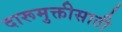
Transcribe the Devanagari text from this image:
दारूमुक्तीसाठी